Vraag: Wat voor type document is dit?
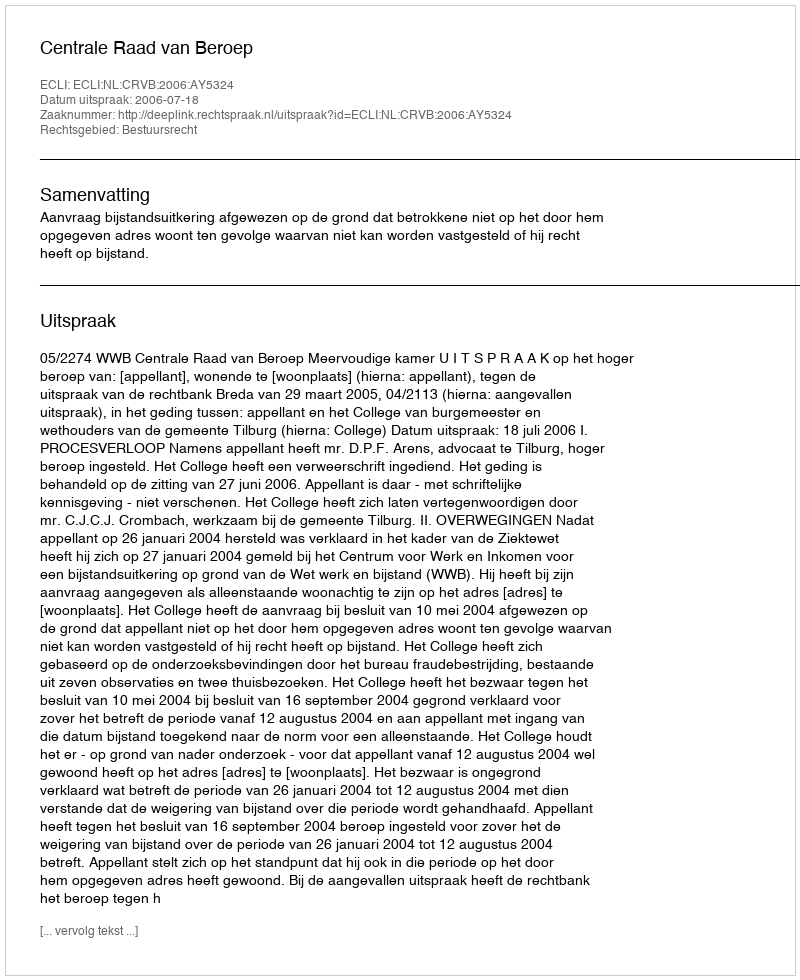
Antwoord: Uitspraak